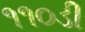
૧૧૦ડી